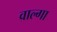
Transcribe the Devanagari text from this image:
वाल्गा